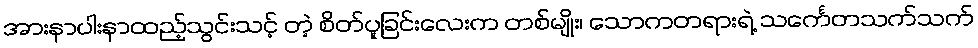
အားနာပါးနာထည့်သွင်းသင့် တဲ့ စိတ်ပူခြင်းလေးက တစ်မျိုး၊ သောကတရားရဲ့ သင်္ကေတသက်သက်